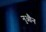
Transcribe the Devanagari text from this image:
नुऔन